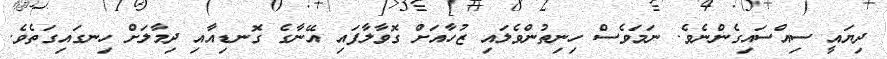
ދިޔައީ ސިއްސައިގެންނެވެ. ނަމަވެސް ހިނިތުންވެލައި ޒުހާއަށް ގޮވާލާފައި އޭނާގެ ގޮނޑިއާއި ދިމާލަށް ހިނގައިގަތެވެ.